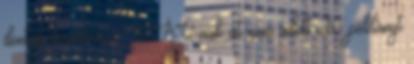
döntést követően a MÁV-nak át nem adott 26 példányt